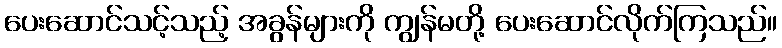
ပေးဆောင်သင့်သည့် အခွန်များကို ကျွန်မတို့ ပေးဆောင်လိုက်ကြသည်။